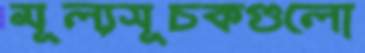
মূল্যসূচকগুলো